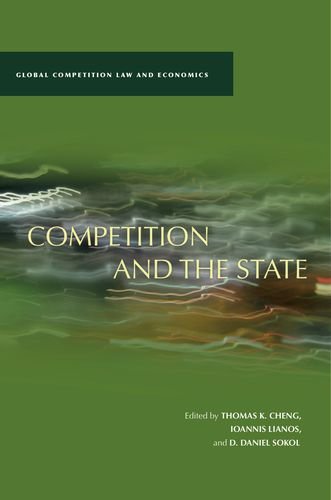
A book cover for Competition and the State (Global Competition Law and Economics); Law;